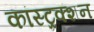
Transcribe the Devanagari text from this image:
कांस्ट्रक्शन